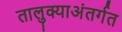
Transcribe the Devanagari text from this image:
तालुक्याअंतर्गत